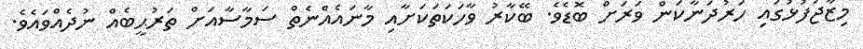
މިޒާޖުފުޅުގައި ހަރުދަނާކަން ވަރަށް ބޮޑެވެ. ބޭކާރު ވާހަކަތަކަށާއި މާނައެއްނެތް ސަމާސާއަށް ތަރުޙީބެއް ނުދެއްވައެވެ.